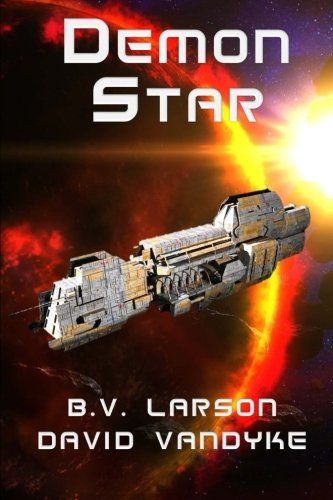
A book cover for Demon Star (Star Force Series) (Volume 12); B. V. Larson; Science Fiction & Fantasy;